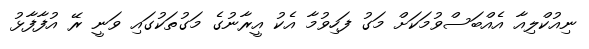
ނިއުކްލިއާ އެއްބަސްވުމަކަށް މަގު ފަހިވުމާ އެކު އީރާނުގެ މަގުތަކުގައި ވަނީ ރޭ އުފާފާޅު